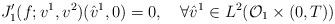
LaTeX: \begin{align*}J'_1(f;v^1,v^2)(\hat{v}^1,0) = 0,\ \ \ \forall \hat{v}^1 \in L^2(\mathcal{O}_1 \times (0,T))\end{align*}